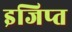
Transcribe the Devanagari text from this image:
इजिप्‍त